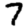
Digit: 7